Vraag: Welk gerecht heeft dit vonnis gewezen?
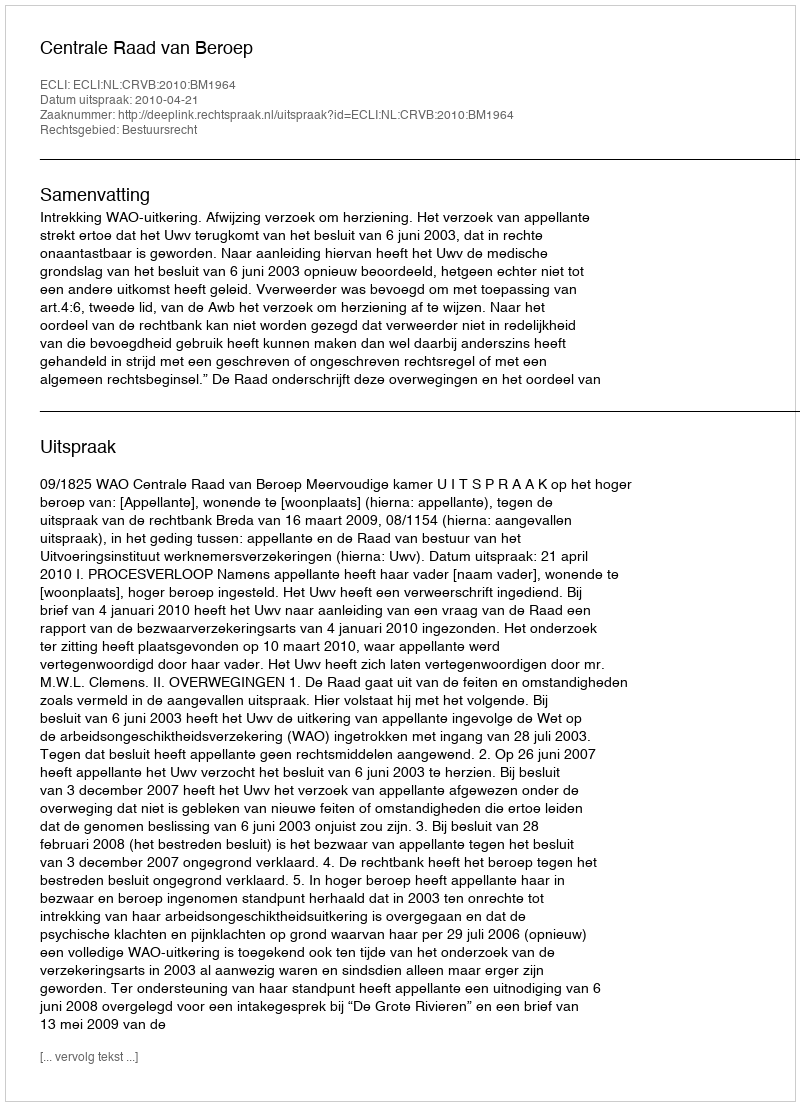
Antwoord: Centrale Raad van Beroep